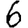
Digit: 6